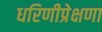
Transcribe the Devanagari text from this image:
धरिणीप्रेक्षणा